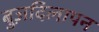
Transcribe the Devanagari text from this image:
बुज़दिलापन